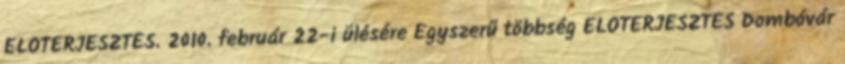
ELŐTERJESZTÉS. 2010. február 22-i ülésére Egyszerű többség ELŐTERJESZTÉS Dombóvár